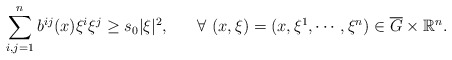
\begin{align*} \sum_{i,j=1}^nb^{ij}(x)\xi^{i}\xi^{j} \geq s_0 |\xi|^2,\,\,\,\,\,\,\,\,\,\, \forall \ (x,\xi)=(x,\xi^{1}, \cdots, \xi^{n}) \in \overline{G}\times \mathbb{R}^{n}.\end{align*}